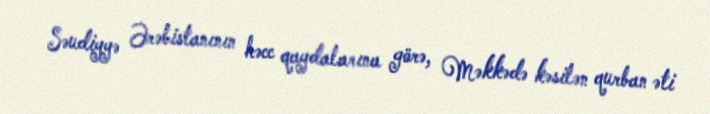
Səudiyyə Ərəbistanının həcc qaydalarına görə, Məkkədə kəsilən qurban əti